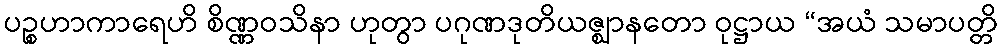
ပဉ္စဟာကာရေဟိ စိဏ္ဏဝသိနာ ဟုတွာ ပဂုဏဒုတိယဇ္ဈာနတော ဝုဋ္ဌာယ “အယံ သမာပတ္တိ